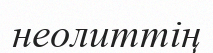
неолиттің